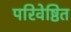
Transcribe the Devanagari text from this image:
परिवेष्ठित